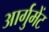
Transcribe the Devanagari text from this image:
आर्गुमेंट